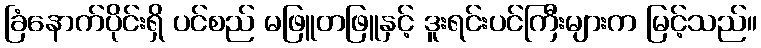
ခြံနောက်ပိုင်းရှိ ပင်စည် မဖြူတဖြူနှင့် ဒူးရင်းပင်ကြီးများက မြင့်သည်။